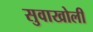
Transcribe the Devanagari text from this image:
सुवाखोली